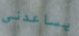
يساعدنى